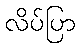
လိပ်ပြာ